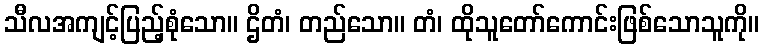
သီလအကျင့်ပြည့်စုံသော။ ဌိတံ၊ တည်သော။ တံ၊ ထိုသူတော်ကောင်းဖြစ်သောသူကို။